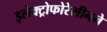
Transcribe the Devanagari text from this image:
इलेक्ट्रोफोरेसीनने